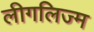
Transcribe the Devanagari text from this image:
लीगलिज्म